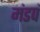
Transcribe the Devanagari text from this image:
मंडपं